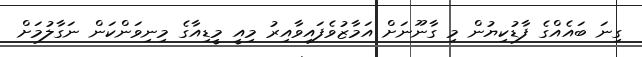
ގިނަ ބައެއްގެ ފާޑުކިޔުން މި ގާނޫނަށް އަމާޒުވެފައިވާއިރު މިއީ މީޑިއާގެ މިނިވަންކަން ނަގާލުމަށް